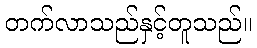
တက်လာသည်နှင့်တူသည်။